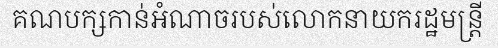
គណបក្សកាន់អំណាចរបស់លោកនាយករដ្ឋមន្ត្រី